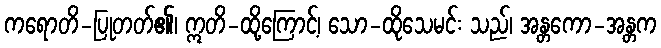
ကရောတိ-ပြုတတ်၏၊ ဣတိ-ထို့ကြောင့်၊ သော-ထိုသေမင်း သည်၊ အန္တကော-အန္တက